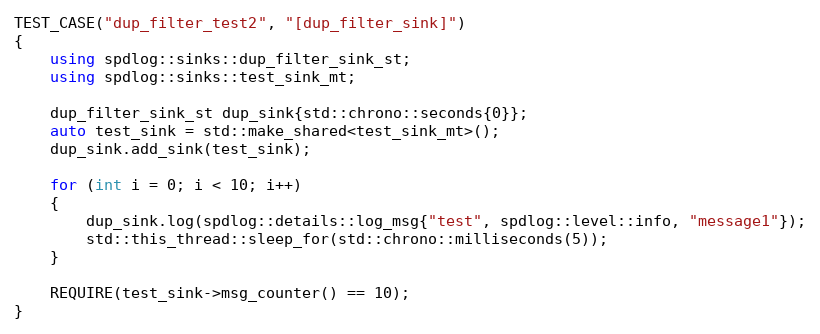
Language: C++
TEST_CASE("dup_filter_test2", "[dup_filter_sink]")
{
    using spdlog::sinks::dup_filter_sink_st;
    using spdlog::sinks::test_sink_mt;

    dup_filter_sink_st dup_sink{std::chrono::seconds{0}};
    auto test_sink = std::make_shared<test_sink_mt>();
    dup_sink.add_sink(test_sink);

    for (int i = 0; i < 10; i++)
    {
        dup_sink.log(spdlog::details::log_msg{"test", spdlog::level::info, "message1"});
        std::this_thread::sleep_for(std::chrono::milliseconds(5));
    }

    REQUIRE(test_sink->msg_counter() == 10);
}